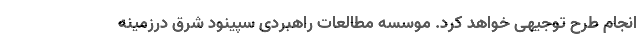
انجام طرح توجیهی خواهد کرد. موسسه مطالعات راهبردی سپینود شرق درزمینه